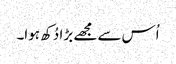
اُس سے مجھے بڑا دُکھ ہوا۔